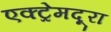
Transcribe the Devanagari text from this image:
एक्ट्रेमदूरा